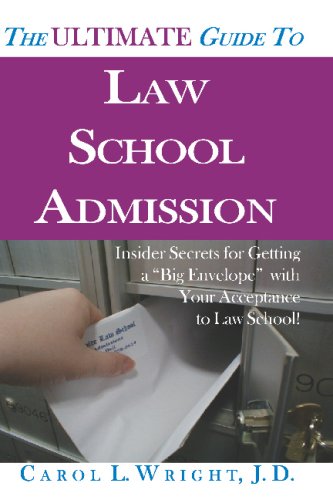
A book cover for The Ultimate Guide to Law School Admission: Insider Secrets for Getting a "Big Envelope" with Your Acceptance to Law School!; Carol L. Wright J.D.; Education & Teaching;